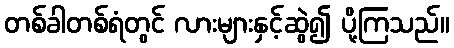
တစ်ခါတစ်ရံတွင် လားများနှင့်ဆွဲ၍ ပို့ကြသည်။